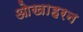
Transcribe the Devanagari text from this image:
ओखाहरन